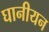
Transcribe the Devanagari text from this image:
घानीयन